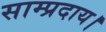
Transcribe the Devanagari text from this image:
साम्प्रदाय।